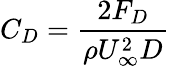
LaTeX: C_{D}=\frac{2F_{D}}{\rho U_{\infty}^{2}D}